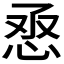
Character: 𢙎